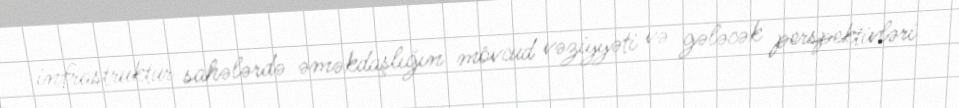
infrastruktur sahələrdə əməkdaşlığın mövcud vəziyyəti və gələcək perspektivləri